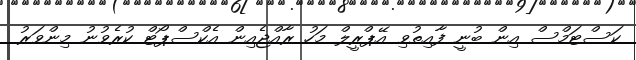
ކަސްޓަމްސް އިން ބުނީ ފާއިތުވި އޭޕްރީލް މަހު ރާއްޖެއިން އެކްސްޕޯޓް ކުރެވުނު މިންވަރު